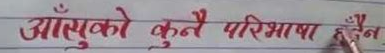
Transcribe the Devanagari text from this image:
आँसुको कुनै परिभाषा हुँदैन